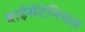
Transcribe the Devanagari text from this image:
बाईसेंटेनियल